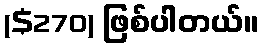
($270) ဖြစ်ပါတယ်။